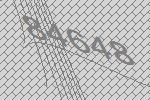
84648